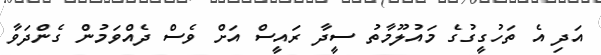
އަދި އެ ތަހުގީގުގެ މައުލޫމާތު ސީދާ ރައީސް އަށް ވެސް ދެއްވަމުން ގެންދަވާ